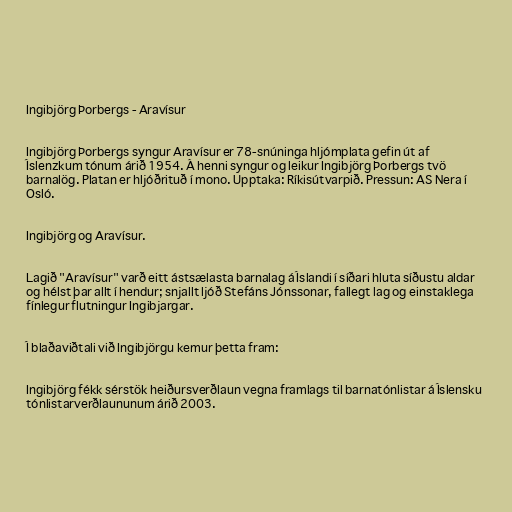
Ingibjörg Þorbergs - Aravísur

Ingibjörg Þorbergs syngur Aravísur er 78-snúninga hljómplata gefin út af
Íslenzkum tónum árið 1954. Á henni syngur og leikur Ingibjörg Þorbergs tvö
barnalög. Platan er hljóðrituð í mono. Upptaka: Ríkisútvarpið. Pressun: AS Nera í
Osló.

Ingibjörg og Aravísur.

Lagið "Aravísur" varð eitt ástsælasta barnalag á Íslandi í síðari hluta síðustu aldar
og hélst þar allt í hendur; snjallt ljóð Stefáns Jónssonar, fallegt lag og einstaklega
fínlegur flutningur Ingibjargar.

Í blaðaviðtali við Ingibjörgu kemur þetta fram:

Ingibjörg fékk sérstök heiðursverðlaun vegna framlags til barnatónlistar á Íslensku
tónlistarverðlaununum árið 2003.